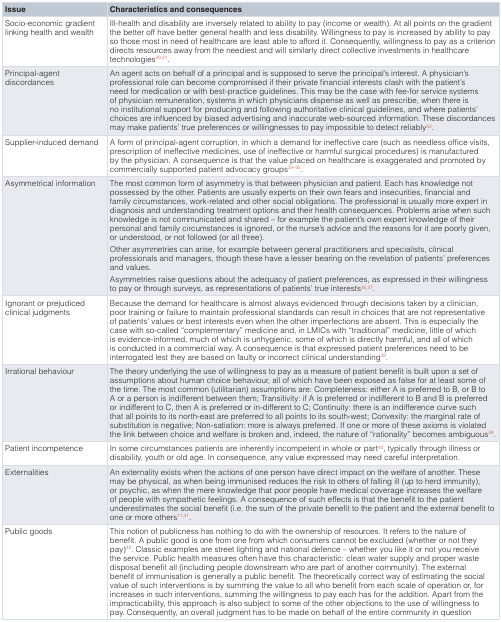
<table><thead><tr><td><b>Issue</b></td><td><b>Characteristics and consequences</b></td></tr></thead><tbody><tr><td>Socio-economic gradientlinking health and wealth</td><td>Ill-health and disability are inversely related to ability to pay (income or wealth). At all points on the gradientthe better off have better general health and less disability. Willingness to pay is increased by ability to payso those most in need of healthcare are least able to afford it. Consequently, willingness to pay as a criteriondirects resources away from the neediest and will similarly direct collective investments in healthcaretechnologies<sup>30,31</sup>.</td></tr><tr><td>Principal-agentdiscordances </td><td>An agent acts on behalf of a principal and is supposed to serve the principal’s interest. A physician’sprofessional role can become compromised if their private financial interests clash with the patient’sneed for medication or with best-practice guidelines. This may be the case with fee-for service systemsof physician remuneration, systems in which physicians dispense as well as prescribe, when there isno institutional support for producing and following authoritative clinical guidelines, and where patients’choices are influenced by biased advertising and inaccurate web-sourced information. These discordancesmay make patients’ true preferences or willingnesses to pay impossible to detect reliably<sup>32</sup>.</td></tr><tr><td>Supplier-induced demand</td><td>A form of principal-agent corruption, in which a demand for ineffective care (such as needless office visits,prescription of ineffective medicines, use of ineffective or harmful surgical procedures) is manufacturedby the physician. A consequence is that the value placed on healthcare is exaggerated and promoted bycommercially supported patient advocacy groups<sup>33–35</sup>.</td></tr><tr><td>Asymmetrical information</td><td>The most common form of asymmetry is that between physician and patient. Each has knowledge notpossessed by the other. Patients are usually experts on their own fears and insecurities, financial andfamily circumstances, work-related and other social obligations. The professional is usually more expert indiagnosis and understanding treatment options and their health consequences. Problems arise when suchknowledge is not communicated and shared – for example the patient’s own expert knowledge of theirpersonal and family circumstances is ignored, or the nurse’s advice and the reasons for it are poorly given,or understood, or not followed (or all three).Other asymmetries can arise, for example between general practitioners and specialists, clinicalprofessionals and managers, though these have a lesser bearing on the revelation of patients’ preferencesand values.Asymmetries raise questions about the adequacy of patient preferences, as expressed in their willingnessto pay or through surveys, as representations of patients’ true interests<sup>36,37</sup>.</td></tr><tr><td>Ignorant or prejudicedclinical judgments </td><td>Because the demand for healthcare is almost always evidenced through decisions taken by a clinician,poor training or failure to maintain professional standards can result in choices that are not representativeof patients’ values or best interests even when the other imperfections are absent. This is especially thecase with so-called “complementary” medicine and, in LMICs with “traditional” medicine, little of whichis evidence-informed, much of which is unhygienic, some of which is directly harmful, and all of whichis conducted in a commercial way. A consequence is that expressed patient preferences need to beinterrogated lest they are based on faulty or incorrect clinical understanding<sup>38</sup>.</td></tr><tr><td>Irrational behaviour</td><td>The theory underlying the use of willingness to pay as a measure of patient benefit is built upon a set ofassumptions about human choice behaviour, all of which have been exposed as false for at least some ofthe time. The most common (utilitarian) assumptions are: Completeness: either A is preferred to B, or B toA or a person is indifferent between them; Transitivity: if A is preferred or indifferent to B and B is preferredor indifferent to C, then A is preferred or in-different to C; Continuity: there is an indifference curve suchthat all points to its north-east are preferred to all points to its south-west; Convexity: the marginal rate ofsubstitution is negative; Non-satiation: more is always preferred. If one or more of these axioms is violatedthe link between choice and welfare is broken and, indeed, the nature of “rationality” becomes ambiguous<sup>39</sup>.</td></tr><tr><td>Patient incompetence</td><td>In some circumstances patients are inherently incompetent in whole or part<sup>40</sup>, typically through illness ordisability, youth or old age. In consequence, any value expressed may need careful interpretation.</td></tr><tr><td>Externalities </td><td>An externality exists when the actions of one person have direct impact on the welfare of another. Thesemay be physical, as when being immunised reduces the risk to others of falling ill (up to herd immunity),or psychic, as when the mere knowledge that poor people have medical coverage increases the welfareof people with sympathetic feelings. A consequence of such effects is that the benefit to the patientunderestimates the social benefit (i.e. the sum of the private benefit to the patient and the external benefit toone or more others<sup>11,41</sup>.</td></tr><tr><td>Public goods</td><td>This notion of publicness has nothing to do with the ownership of resources. It refers to the nature ofbenefit. A public good is one from one from which consumers cannot be excluded (whether or not theypay)<sup>42</sup>. Classic examples are street lighting and national defence – whether you like it or not you receivethe service. Public health measures often have this characteristic: clean water supply and proper wastedisposal benefit all (including people downstream who are part of another community). The externalbenefit of immunisation is generally a public benefit. The theoretically correct way of estimating the socialvalue of such interventions is by summing the value to all who benefit from each scale of operation or, forincreases in such interventions, summing the willingness to pay each has for the addition. Apart from theimpracticability, this approach is also subject to some of the other objections to the use of willingness topay. Consequently, an overall judgment has to be made on behalf of the entire community in question </td></tr></tbody></table>